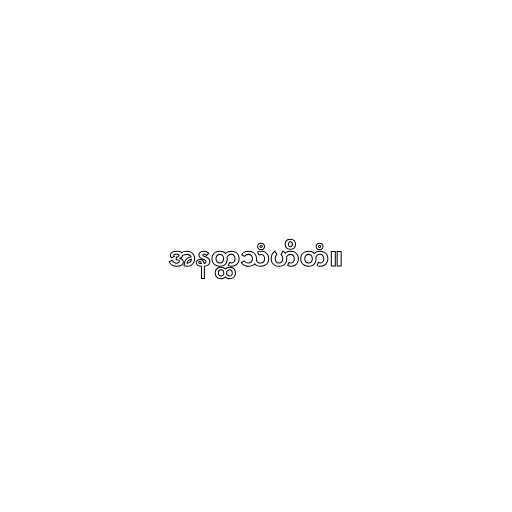
အနတ္ထသံဟိတံ။